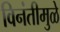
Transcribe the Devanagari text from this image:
विनंतीमुळे